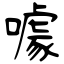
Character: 噱